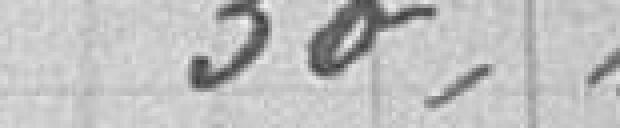
30,00